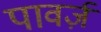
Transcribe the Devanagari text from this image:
पावर्ज़